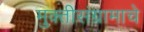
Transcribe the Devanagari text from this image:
मुक्तीसंग्रामाचे